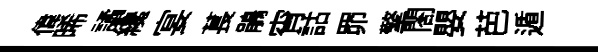
偉晞譎纔宴萇鵑宵詁𦊑擎閤嬰芭遁